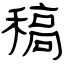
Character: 稿